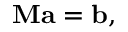
\mathbf { M } \mathbf { a } = \mathbf { b } ,